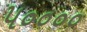
૫૦૦૦૦